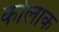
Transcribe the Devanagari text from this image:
कोलाक